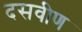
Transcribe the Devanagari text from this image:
दसवीण